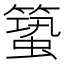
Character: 𥳎